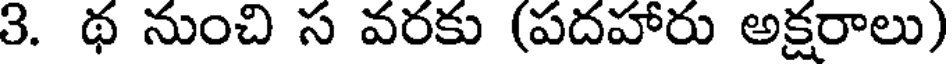
3. థ నుంచి స వరకు (పదహారు అక్షరాలు)